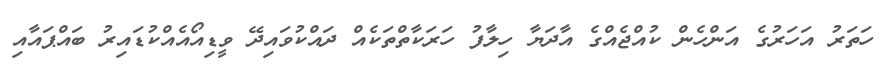
ހަތަރު އަހަރުގެ އަންހެން ކުއްޖެއްގެ އާދަޔާ ހިލާފު ހަރަކާތްތަކެއް ދައްކުވައިދޭ ވީޑިއޯއެއްކުޑައިރު ބައްޕައާއި